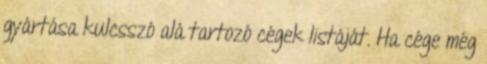
gyártása kulcsszó alá tartozó cégek listáját. Ha cége még